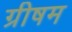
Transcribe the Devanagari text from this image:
ग्रीषम